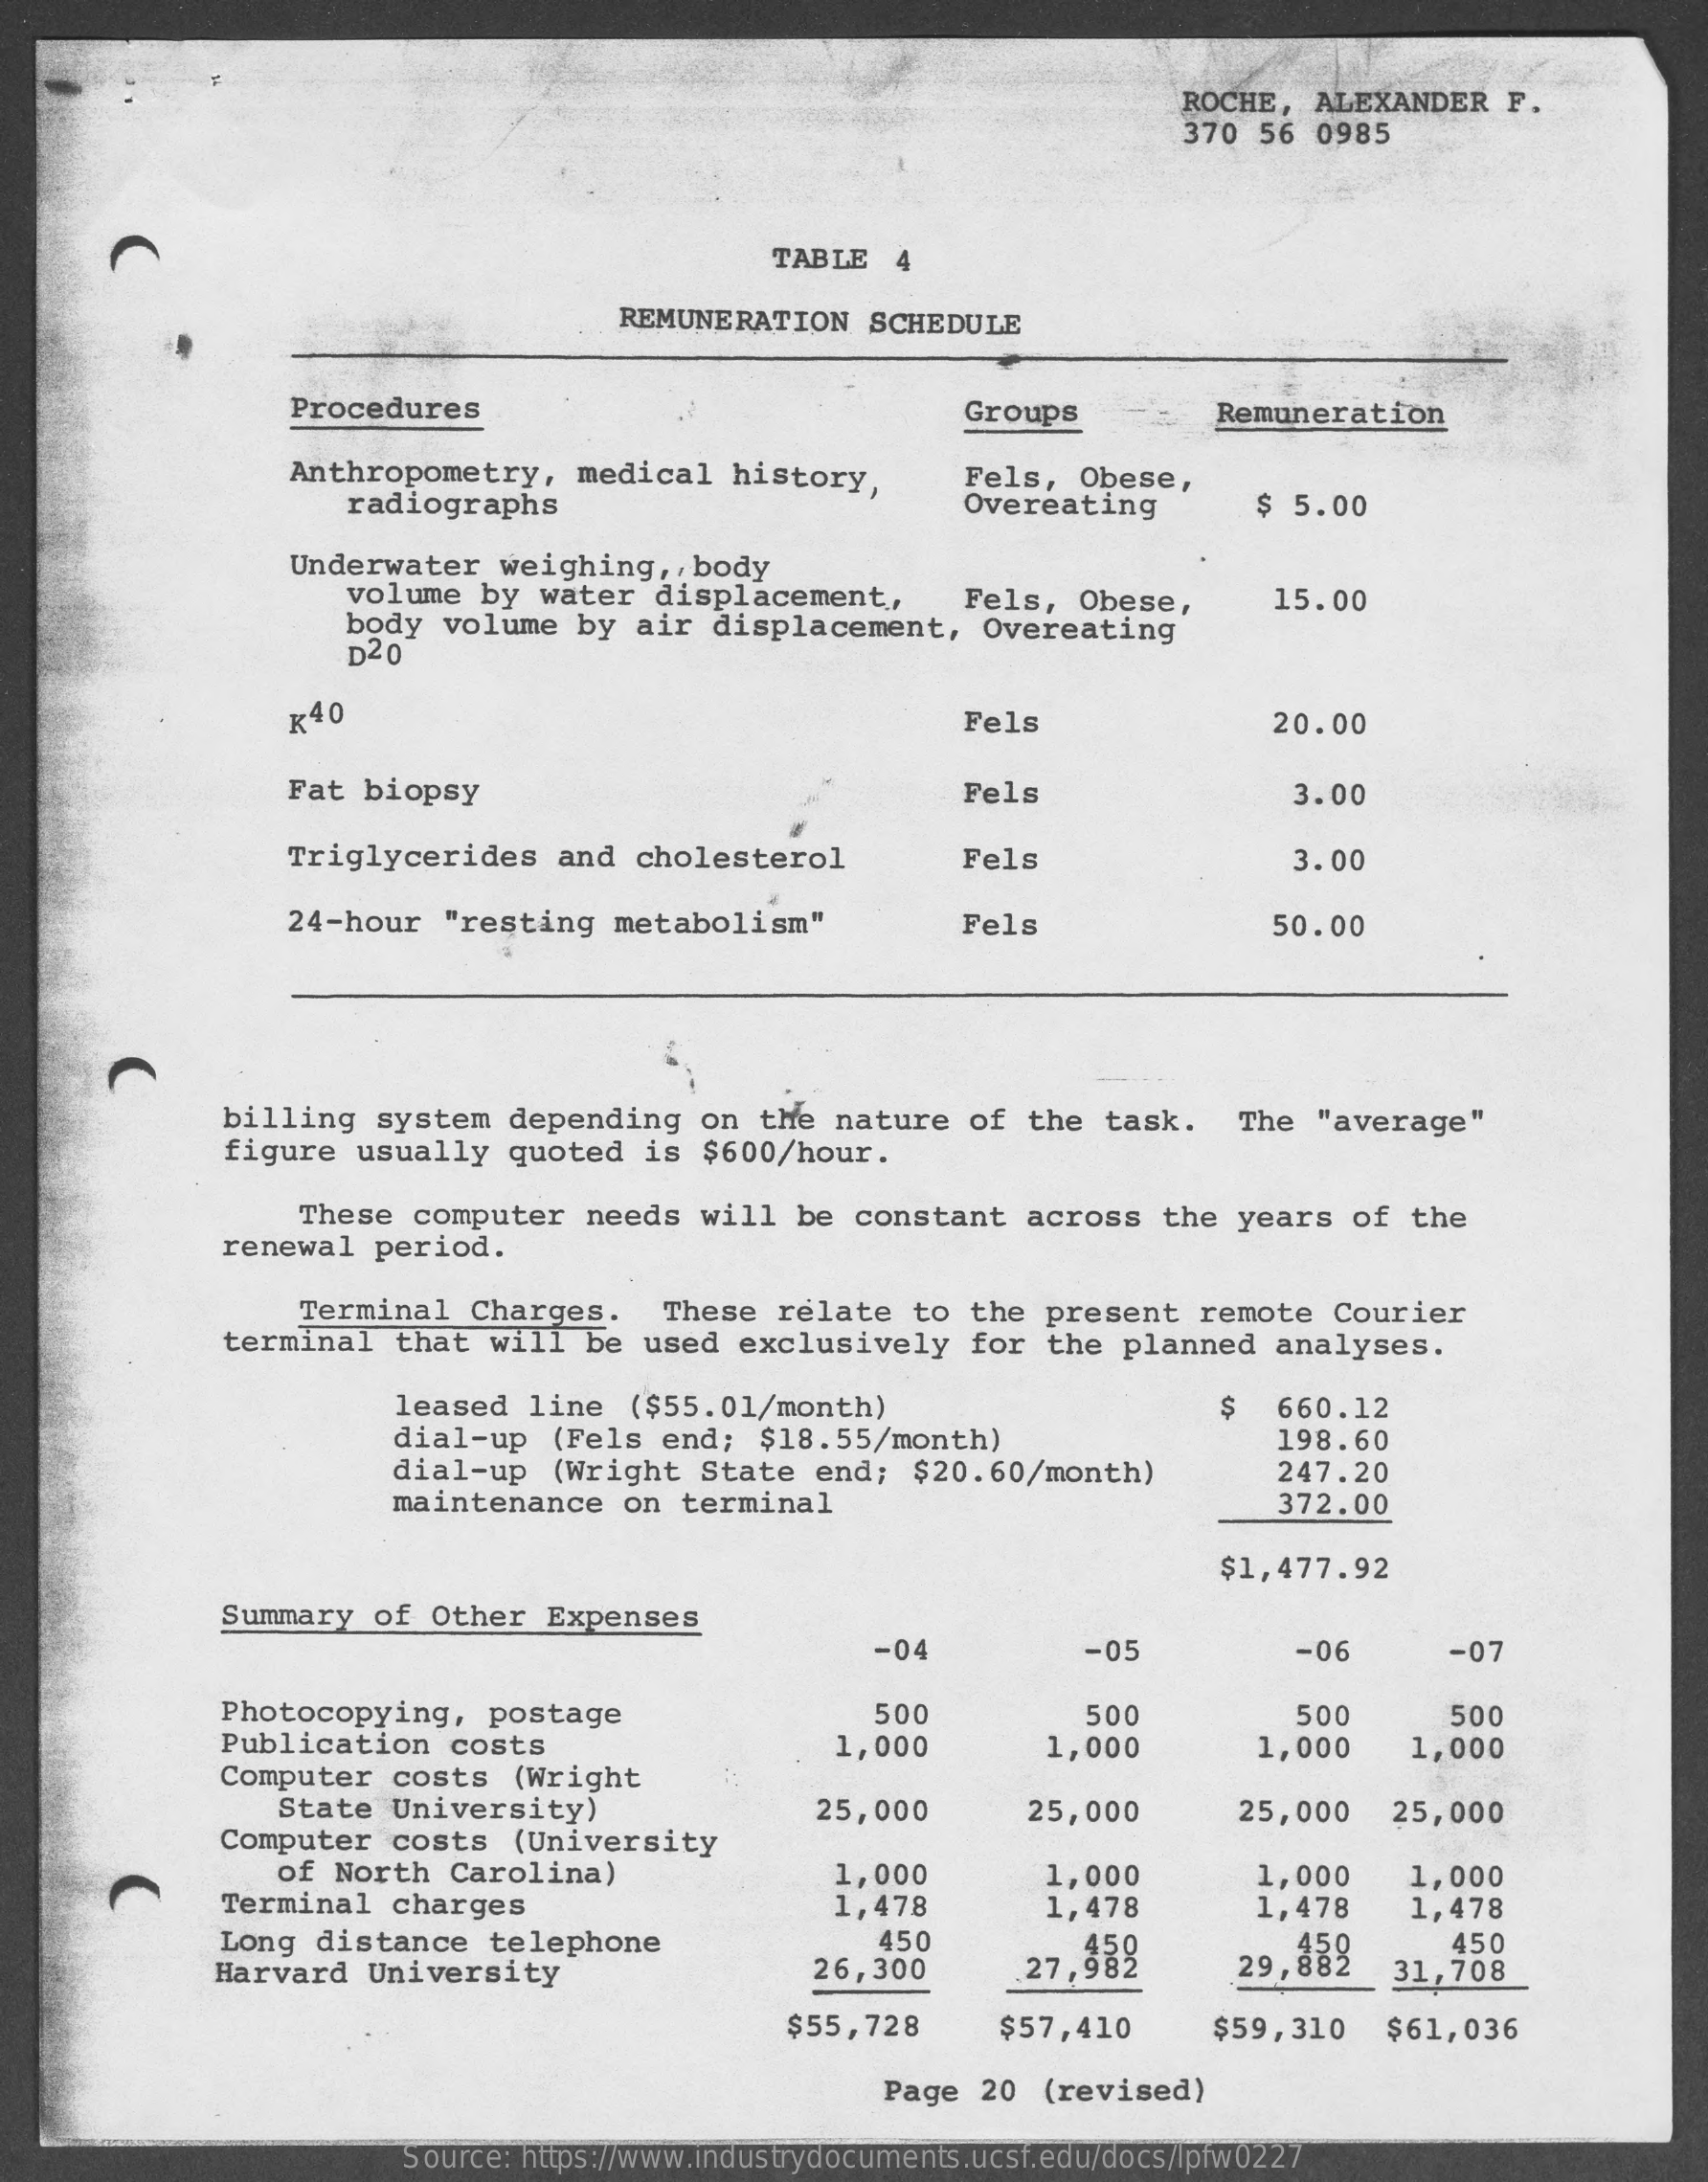
ROCHE,  ALEXANDER    F.
     370  56 0985
     TABLE   4
     REMUNERATION    SCHEDULE
     Procedures    Groups    Remuneration
     Anthropometry,    medical   history,
     radiographs
     Fels,   Obese,
     Overeating    $ 5.00
     Underwater    weighing  ,, body
     volume  by  water   displacement   ,,   Fels,   Obese,
     body  volume   by  air  displacement,    Overeating
     15.00
     D20
     K40    Fels    20.00
     Fat  biopsy    Fels    3.00
     Triglycerides    and  cholesterol    Fels    3.00
     24-hour   "resting   metabolism"    Fels    50.00
     billing   system  depending    on  the  nature  of  the   task.   The  "average"
     figure  usually   quoted   is  $600/hour.
     These  computer   needs   will  be  constant   across   the  years   of  the
     renewal   period.
     Terminal   Charges.    These  relate   to  the present    remote  Courier
     terminal   that  will  be  used  exclusively    for  the  planned   analyses.
     leased   line  ($55.01/month)    $
     dial-up   (Fels  end;   $18.55/month)
     660.12
     dial-up   (Wright   State   end;  $20.60/month)
     198.60
     247.20
     maintenance    on  terminal    372.00
     $1,477.92
     Summary   of Other   Expenses
     -04    -05    -06    -07
     Photocopying,    postage
     Publication   costs
     500    500    500    500
     Computer   costs   (Wright
     1,000    1,000    1,000    1,000
     State  University)
     Computer   costs   (University
     25,000    25,000    25,000    25,000
     of North  Carolina)
     Terminal   charges
     1,000
     1,478
     1,000
     1,478
     1,000
     1,478
     1,000
     1,478
     Long  distance   telephone    450    450
     Harvard   University    26,300    27,982    29,88%    31,708
     $55,728    $57,410    $59,310    $61,036
     Page  20  (revised)
     Source: https://www.industrydocuments.ucsf.edu/docs/lpfw0227